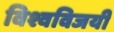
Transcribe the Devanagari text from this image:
विश्वविजयी